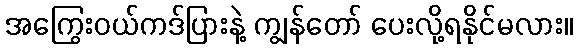
အကြွေးဝယ်ကဒ်ပြားနဲ့ ကျွန်တော် ပေးလို့ရနိုင်မလား။